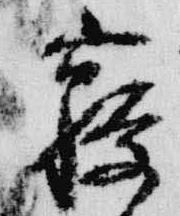
寝